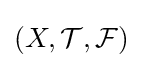
(X,{\mathcal {T}},{\mathcal {F}})